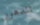
تتدهور